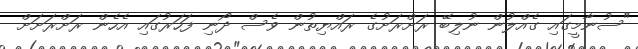
"ސުނާމީގައި ގެއްލުން ނުލިބޭ ރަށްރަށުގެ ރައްޔިތުން ވެސް ދޯނި ފަހަރުގައި އެހެން ރަށްރަށަށް